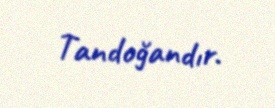
Tandoğandır.